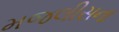
મજલીસના